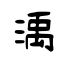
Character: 渪